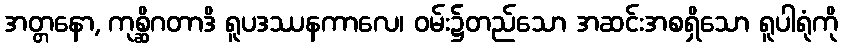
အတ္တနော, ကုစ္ဆိဂတာဒိ ရူပဒဿနကာလေ၊ ဝမ်း၌တည်သော အဆင်းအစရှိသော ရူပါရုံကို